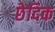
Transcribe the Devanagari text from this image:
छेदिक